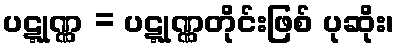
ပဋ္ဋုဏ္ဏ = ပဋ္ဋုဏ္ဏတိုင်းဖြစ် ပုဆိုး၊